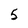
Character: 5